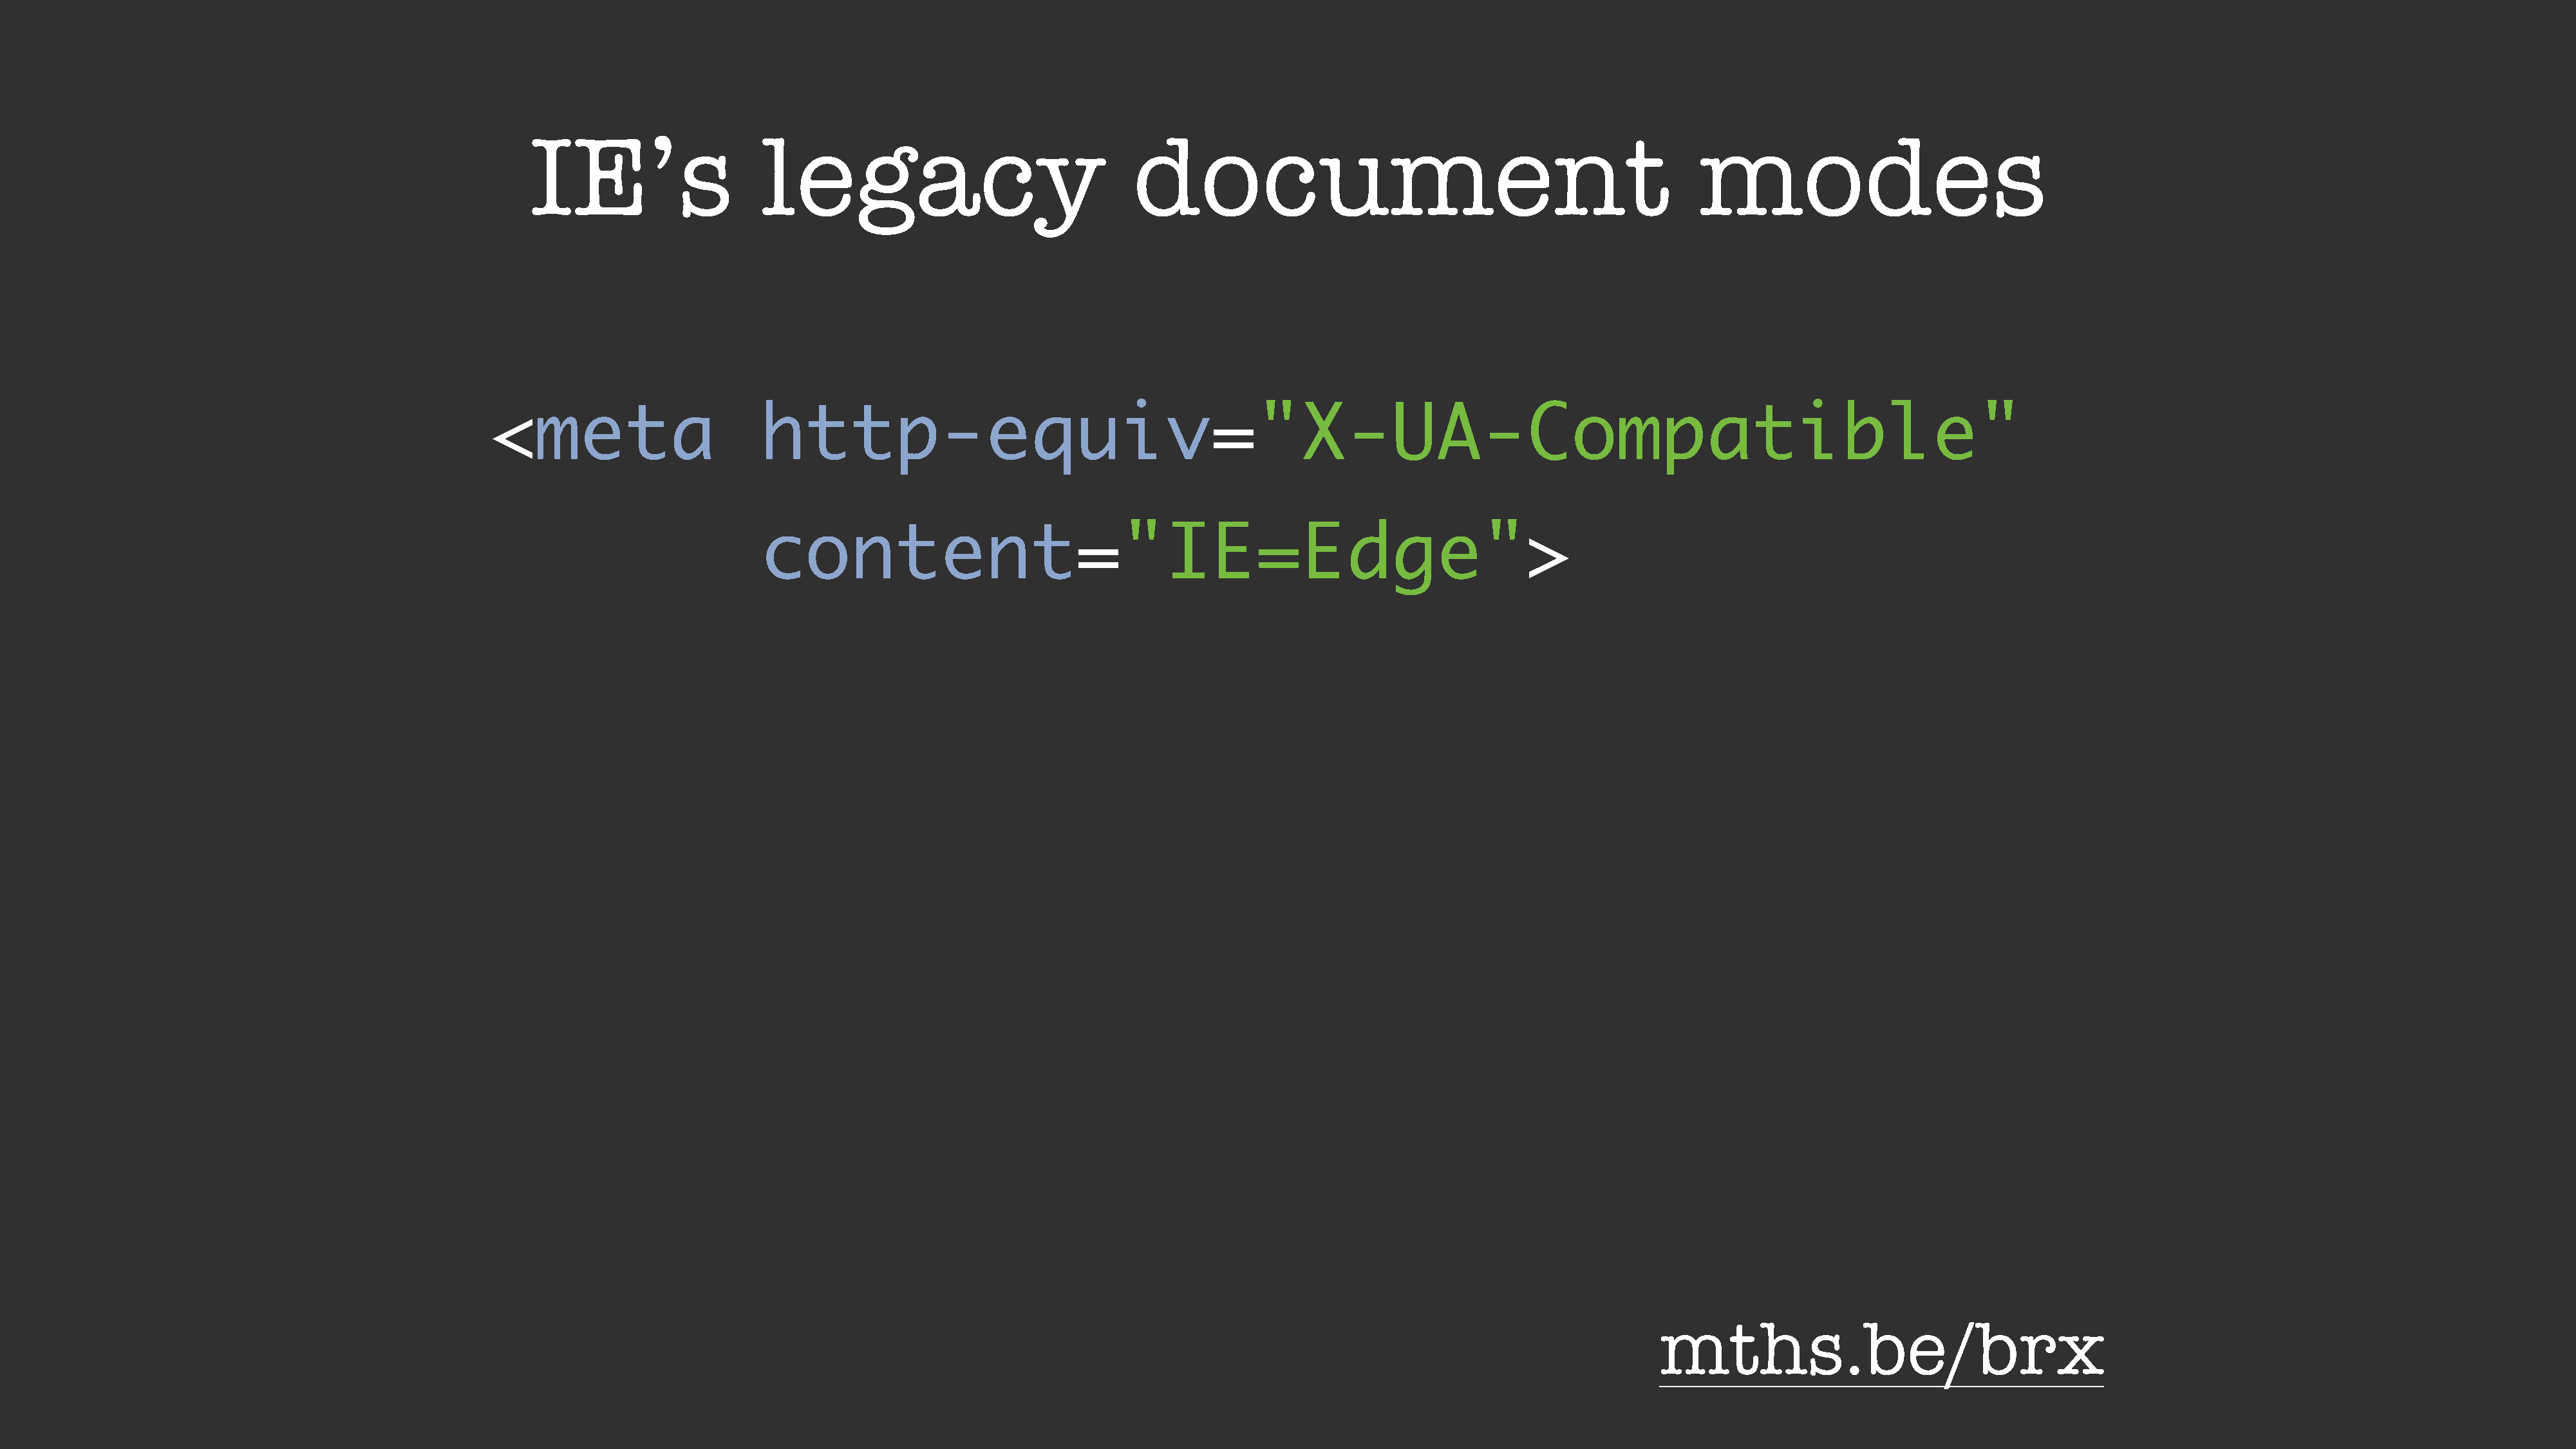
IE’s                    legacy                                document                                                   modes
 <meta                       http-equiv="X-UA-Compatible"
 content="IE=Edge">
 mths.be/brx